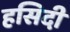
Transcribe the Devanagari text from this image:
हसिदी